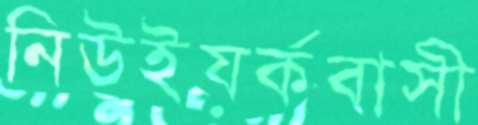
নিউইয়র্কবাসী